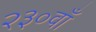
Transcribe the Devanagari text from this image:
२३०वाँ